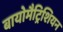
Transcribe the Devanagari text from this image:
बायोमैट्रिशियन